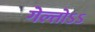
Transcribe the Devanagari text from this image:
गेल्तोऽऽ